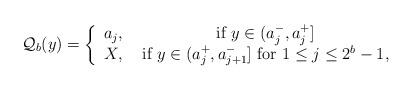
LaTeX: \begin{align*}\mathcal{Q}_{b}(y) = \left\{ \begin{array}{cccccccccc}a_{j}, & \mbox{ if } y \in (a^-_{j}, a^+_{j}]\\X, & \mbox{ if } y \in (a^+_j, a^-_{j+1}] \mbox{ for } 1 \leq j \leq 2^{b} - 1,\\\end{array}\right.\end{align*}